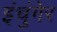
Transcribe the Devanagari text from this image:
इंचुंगेर